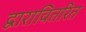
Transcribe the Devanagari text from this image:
द्वारावितरित